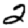
Digit: 2